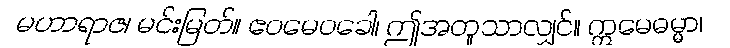
မဟာရာဇ၊ မင်းမြတ်။ ဧဝမေဝခေါ၊ ဤအတူသာလျှင်။ ဣမေဓမ္မာ၊